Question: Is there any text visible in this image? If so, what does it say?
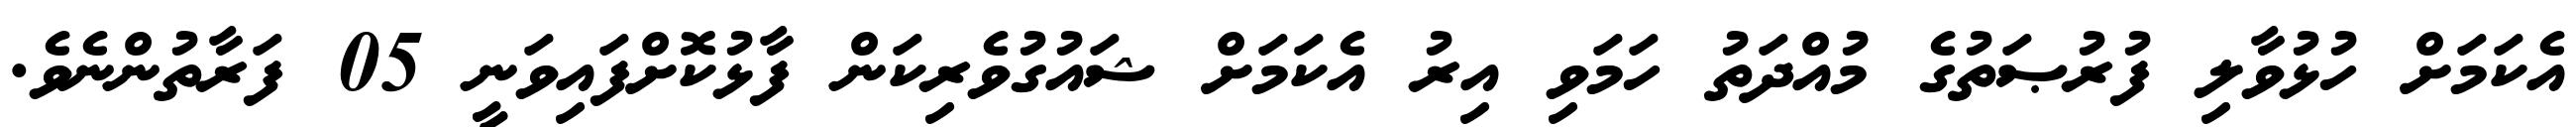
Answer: އެކަމަށް ހުޅުވާލި ފުރުޞަތުގެ މުއްދަތު ހަމަވި އިރު އެކަމަށް ޝައުގުވެރިކަން ފާޅުކޮށްފައިވަނީ 05 ފަރާތުންނެވެ.